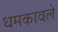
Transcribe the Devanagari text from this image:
धमकावले